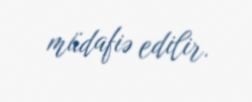
müdafiə edilir.